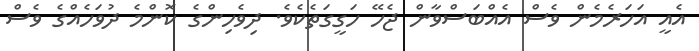
އެއީ އަހަރެމެން ވެސް އެއްބަސްވާން ޖެހޭ ހަގީގަތެކެވެ. ދިވެހިންގެ ކޮންމެ ދުވަހެއްގެ ވެސް